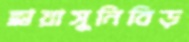
ছায়াসুনিবিড়